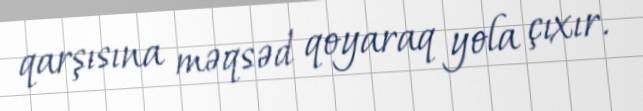
qarşısına məqsəd qoyaraq yola çıxır.